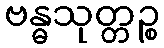
ဗန္ဓသုတ္တဉ္စ